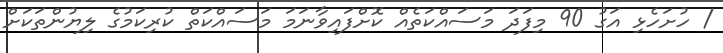
/ ހުށަހެޅި އަގު 90 މިފަދަ މަސައްކަތެއް ކޮށްފައިވާނަމަ މަސައްކަތް ކުރިކަމުގެ ލިޔުންތަކަށް